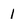
Character: 1